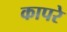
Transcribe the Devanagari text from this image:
कापरे